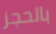
بالحجز